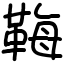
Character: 𩊱